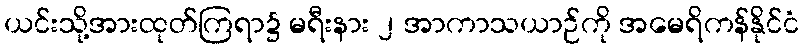
ယင်းသို့အားထုတ်ကြရာ၌ မရီးနား ၂ အာကာသယာဉ်ကို အမေရိကန်နိုင်ငံ